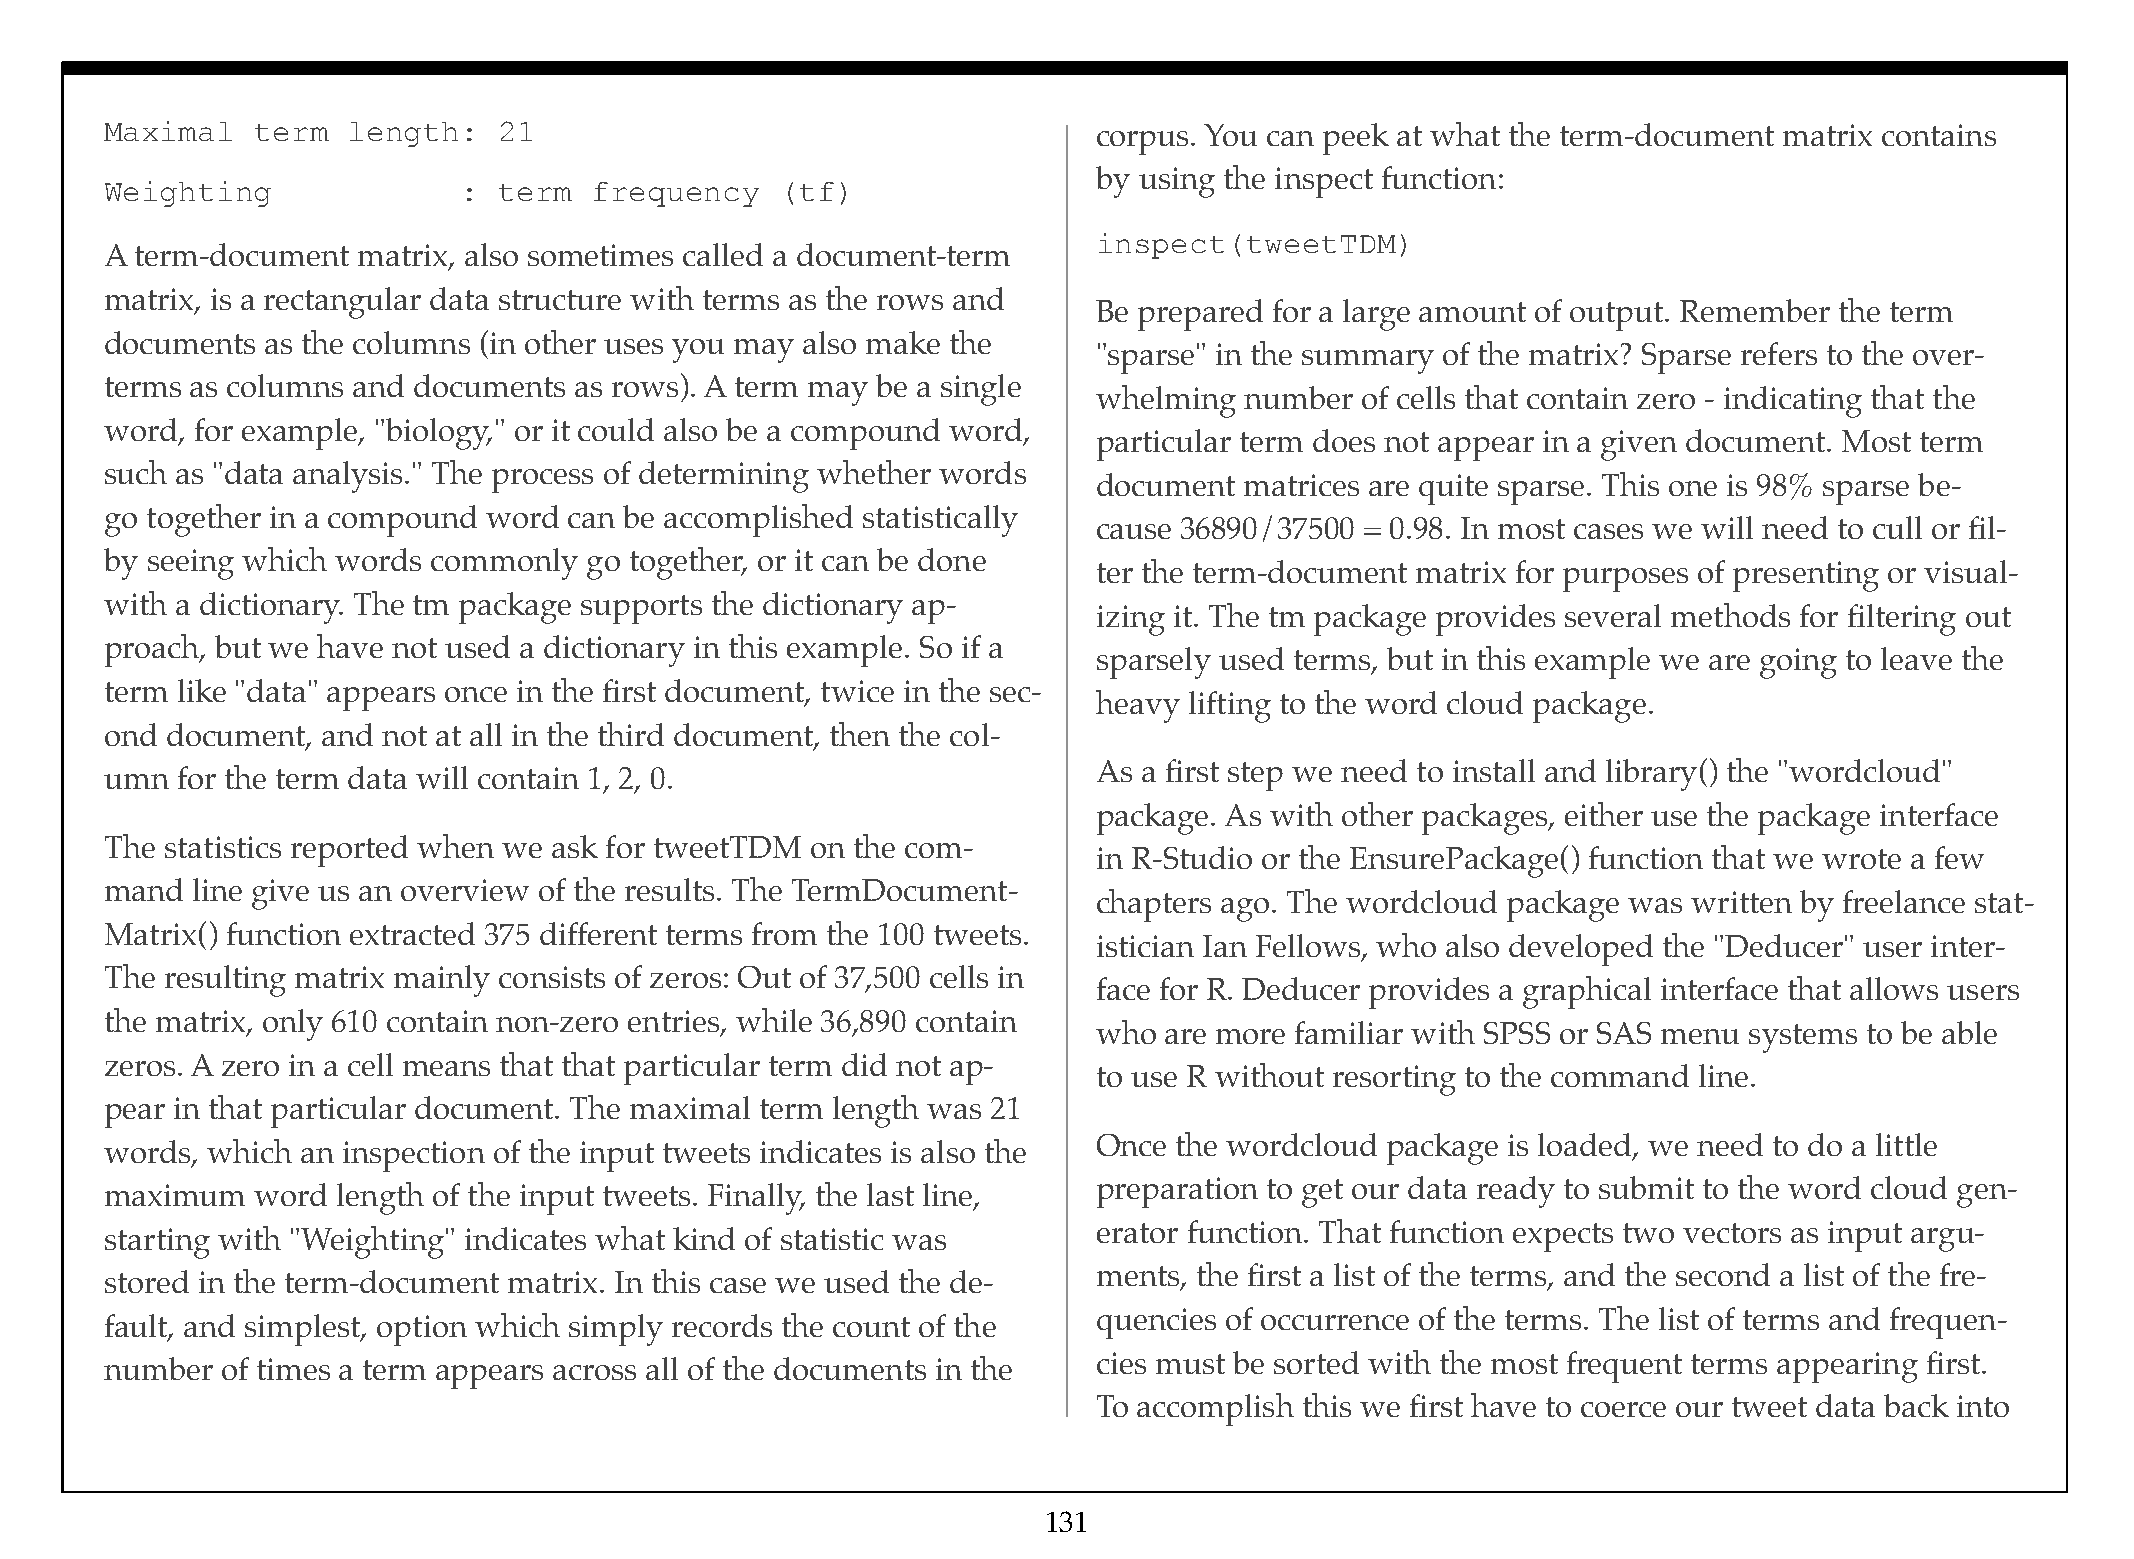
Maximal   term  length:   21                                      corpus. You can peek at what the term-document matrix contains
 by using the inspect function:
 Weighting              :  term  frequency    (tf)
 inspect(tweetTDM)
 A term-document  matrix, also sometimes called a document-term
 matrix, is a rectangular data structure with terms as the rows and
 Be prepared for a large amount of output. Remember the term
 documents  as the columns (in other uses you may also make the
 "sparse" in the summary of the matrix? Sparse refers to the over-
 terms as columns and documents as rows). A term may be a single
 whelming number  of cells that contain zero - indicating that the
 word, for example, "biology," or it could also be a compound word,
 particular term does not appear in a given document. Most term
 such as "data analysis." The process of determining whether words
 document matrices are quite sparse. This one is 98% sparse be-
 go together in a compound word can be accomplished statistically
 cause 36890/37500 = 0.98. In most cases we will need to cull or fil-
 by seeing which words commonly  go together, or it can be done
 ter the term-document matrix for purposes of presenting or visual-
 with a dictionary. The tm package supports the dictionary ap-
 izing it. The tm package provides several methods for filtering out
 proach, but we have not used a dictionary in this example. So if a
 sparsely used terms, but in this example we are going to leave the
 term like "data" appears once in the first document, twice in the sec-
 heavy lifting to the word cloud package.
 ond document, and not at all in the third document, then the col-
 As a first step we need to install and library() the "wordcloud"
 umn  for the term data will contain 1, 2, 0.
 package. As with other packages, either use the package interface
 The statistics reported when we ask for tweetTDM on the com-
 in R-Studio or the EnsurePackage() function that we wrote a few
 mand  line give us an overview of the results. The TermDocument-
 chapters ago. The wordcloud package was written by freelance stat-
 Matrix() function extracted 375 different terms from the 100 tweets.
 istician Ian Fellows, who also developed the "Deducer" user inter-
 The resulting matrix mainly consists of zeros: Out of 37,500 cells in
 face for R. Deducer provides a graphical interface that allows users
 the matrix, only 610 contain non-zero entries, while 36,890 contain
 who are more familiar with SPSS or SAS menu systems to be able
 zeros. A zero in a cell means that that particular term did not ap-
 to use R without resorting to the command line.
 pear in that particular document. The maximal term length was 21
 Once the wordcloud package is loaded, we need to do a little
 words, which an inspection of the input tweets indicates is also the
 preparation to get our data ready to submit to the word cloud gen-
 maximum   word length of the input tweets. Finally, the last line,
 erator function. That function expects two vectors as input argu-
 starting with "Weighting" indicates what kind of statistic was
 ments, the first a list of the terms, and the second a list of the fre-
 stored in the term-document matrix. In this case we used the de-
 quencies of occurrence of the terms. The list of terms and frequen-
 fault, and simplest, option which simply records the count of the
 cies must be sorted with the most frequent terms appearing first.
 number  of times a term appears across all of the documents in the
 To accomplish this we first have to coerce our tweet data back into
 131